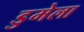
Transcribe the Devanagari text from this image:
डुमेला